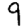
Digit: 9